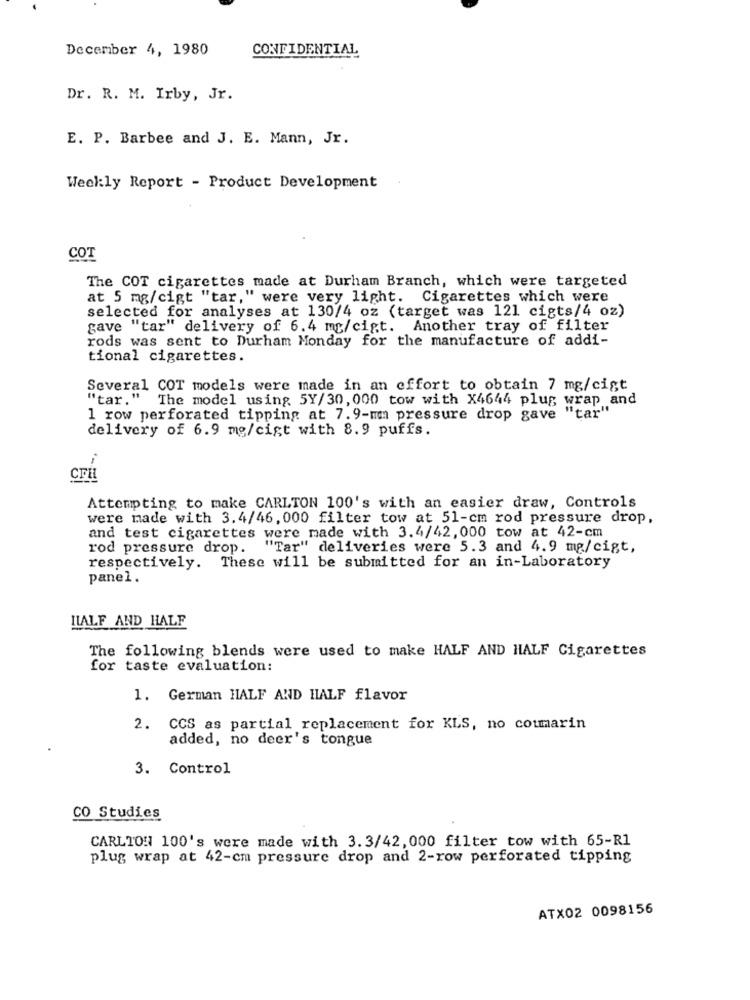
December 4, 1980
CONFIDENTIAL
Dr. R. M. Irby, Jr.
E. P. Barbee and J. E. Mann, Jr.
Weekly Report - Product Development
COT
The COT cigarettes made at Durham Branch, which were targeted
at 5 mg/cigt "tar," were very light. Cigarettes which were
selected for analyses at 130/4 oz (target was 121 cigts/4 oz)
gave "tar" delivery of 6.4 mg/cipt. Another tray of filter
rods was sent to Durham Monday for the manufacture of addi-
tional cigarettes.
Several COT models were made in an effort to obtain 7 mg/cigt
"tar."
" The model using 5Y/30, 000 tow with X4644 plug wrap and
1 row perforated tipping at 7.9-mmm pressure drop gave "tar"
delivery of 6.9 mg/cigt with 8.9 puffs.
CFEL
Attempting to make CARLTON 100's with an easier draw, Controls
were made with 3.4/46, 000 filter tow at 51-cm rod pressure drop,
and test cigarettes were made with 3.4/42, 000 tow at 42-cm
rod pressure drop.
"Tar" deliveries were 5.3 and 4.9 mg/cigt,
respectively. These will be submitted for an in-Laboratory
panel.
ILALF AND HALF
The following blends were used to make HALF AND HALF Cigarettes
for taste evaluation:
1. German HALF AND HALF flavor
2. CCS as partial replacement for KLS, no coumarin
added, no deer's tongue
3. Control
CO Studies
CARLTON 100's were made with 3.3/42, 000 filter tow with 65-R1
plug wrap at 42-cm pressure drop and 2-row perforated tipping
ATX02 0098156